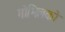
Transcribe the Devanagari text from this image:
गोभिलको